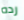
رده